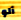
آلو